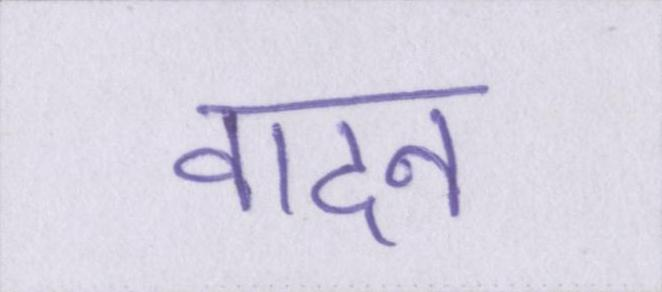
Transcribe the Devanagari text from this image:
वादन